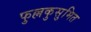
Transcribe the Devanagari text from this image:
फुल्लकुसुमित